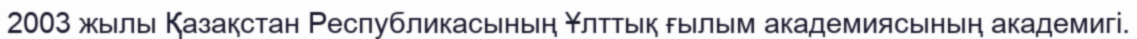
2003 жылы Қазақстан Республикасының Ұлттық ғылым академиясының академигі.